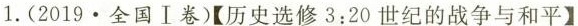
1.(2019\cdot 全国Ⅰ卷)【历史选修3:20世纪的战争与和平】